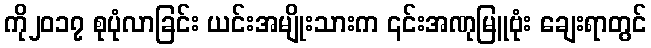
ကို၂၀၁၇ စုပုံလာခြင်း ယင်းအမျိုးသားက ၎င်းအဏုမြူဗုံး ချေးရာတွင်